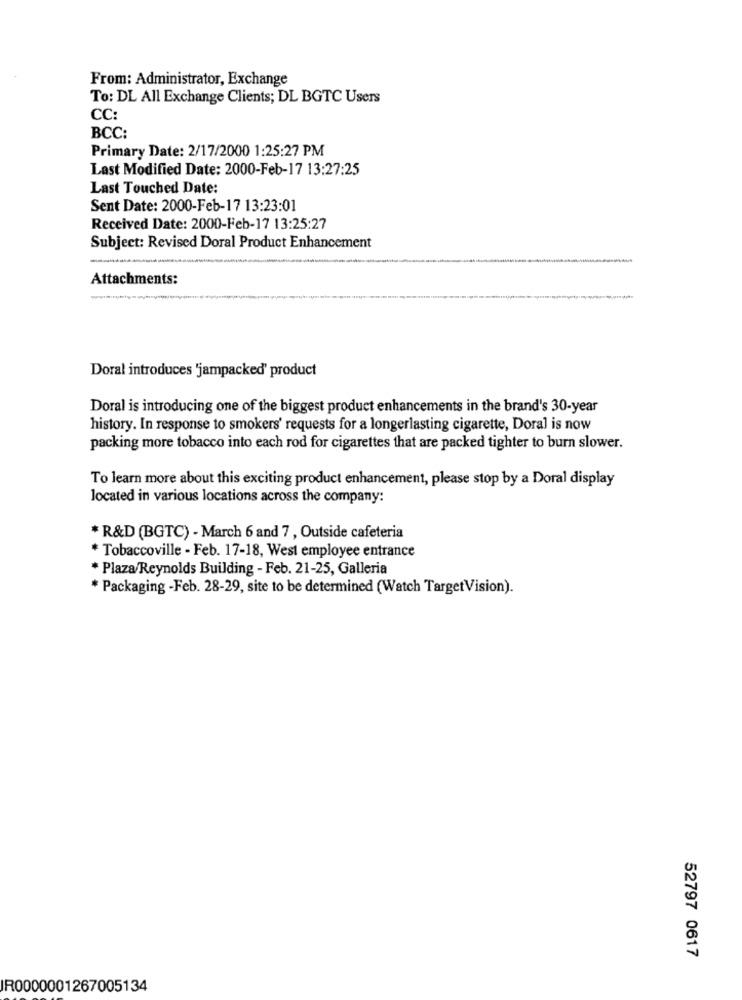
From: Administrator, Exchange
To: DL All Exchange Clients; DL BGTC Users
CC:
BCC:
Primary Date: 2/17/2000 1:25:27 PM
Last Modified Date: 2000-Feb-17 13:27:25
Last Touched Date:
Sent Date: 2000-Feb-17 13:23:01
Received Date: 2000-Feb-17 13:25:27
Subject: Revised Doral Product Enhancement
Attachments:
Doral introduces 'jampacked' product
Doral is introducing one of the biggest product enhancements in the brand's 30-year
history. In response to smokers' requests for a longerlasting cigarette, Doral is now
packing more tobacco into each rod for cigarettes that are packed tighter to burn slower.
To learn more about this exciting product enhancement, please stop by a Doral display
located in various locations across the company:
* R&D (BGTC) - March 6 and 7 , Outside cafeteria
* Tobaccoville - Feb. 17-18, West employee entrance
* Plaza/Reynolds Building - Feb. 21-25, Galleria
* Packaging -Feb. 28-29, site to be determined (Watch TargetVision).
52797 0617
IR0000001267005134